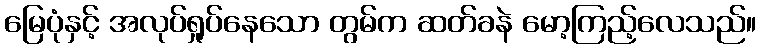
မြေပုံနှင့် အလုပ်ရှုပ်နေသော တွမ်က ဆတ်ခနဲ မော့ကြည့်လေသည်။